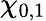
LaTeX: \chi_{0,1}